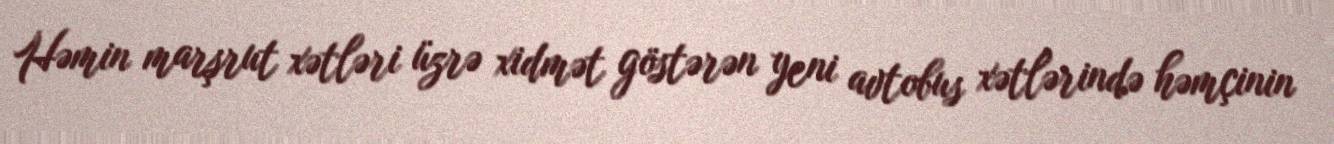
Həmin marşrut xətləri üzrə xidmət göstərən yeni avtobus xətlərində həmçinin